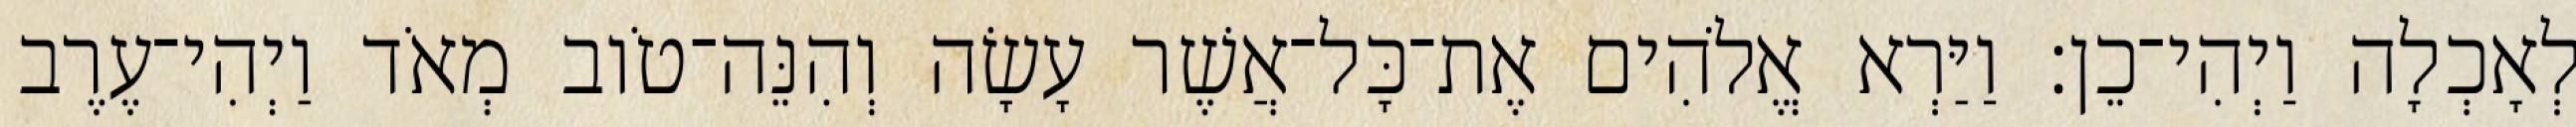
לְאָכְלָה וַיְהִי־כֵן׃ וַיַּרְא אֱלֹהִים אֶת־כָּל־אֲשֶׁר עָשָׂה וְהִנֵּה־טֹוב מְאֹד וַיְהִי־עֶרֶב